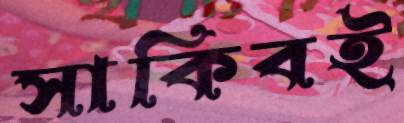
সাকিবই